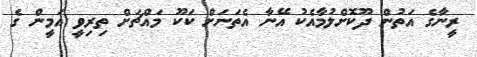
ރީނާގެ އަތުން ދޫކޮށްލުމާއެކު އޭނާ އެތަނަށް ކަކޫ މައްޗަށް ތިރިވީ އަމީން ގެ